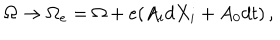
LaTeX: \Omega \to \Omega _ { e } = \Omega + e ( A _ { i } d X _ { i } + A _ { 0 } d t ) \, ,